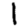
Digit: 1